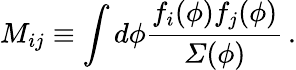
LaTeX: M_{ij}\equiv\int d\phi{\frac{f_{i}(\phi)f_{j}(\phi)}{{\mit\Sigma}(\phi)}}\, .